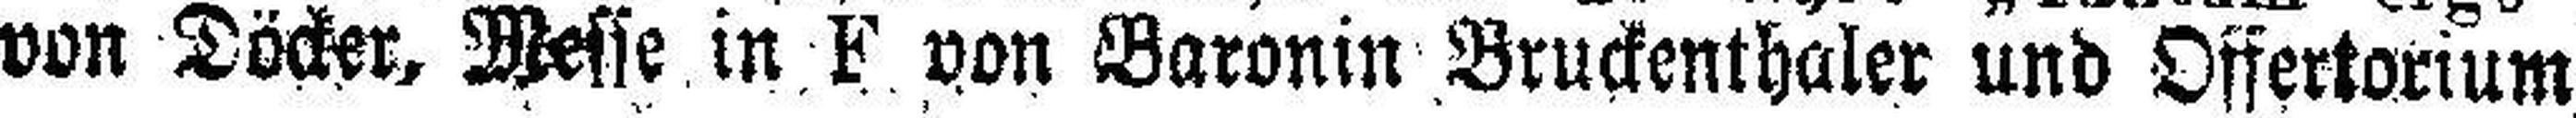
von Döcker. Messe in F von Baronin Bruckenthaler und Offertorium